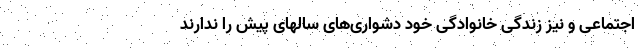
اجتماعی و نیز زندگی خانوادگی خود دشواری­‌های سالهای پیش را ندارند